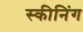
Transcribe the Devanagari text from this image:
स्कीनिंग